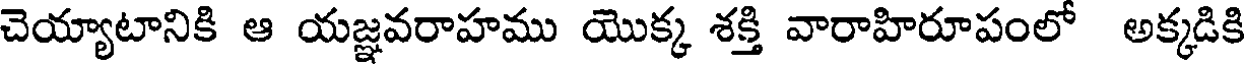
చెయ్యాటానికి ఆ యజ్ఞవరాహము యొక్క శక్తి వారాహిరూపంలో అక్కడికి